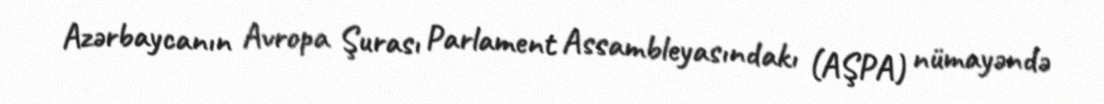
Azərbaycanın Avropa Şurası Parlament Assambleyasındakı (AŞPA) nümayəndə